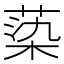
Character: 蒅